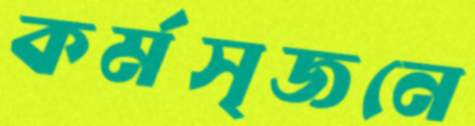
কর্মসৃজনে